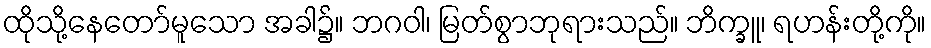
ထိုသို့နေတော်မူသော အခါ၌။ ဘဂဝါ၊ မြတ်စွာဘုရားသည်။ ဘိက္ခူ၊ ရဟန်းတို့ကို။